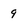
Character: 9